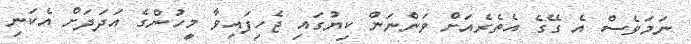
ނަމަވެސް އެ ގޭގެ އެތެރެއަށް ވަންނަން ކިޔުގައި ޖެހިފައިވާ މީހުންގެ އަދަދަށް އެކަނި